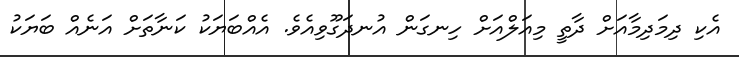
އެކި ދިމަދިމާއަށް ދާތީ މިއަލްއަށް ހިނގަން އުނދަގޫވިއެވެ. އެއްބަޔަކު ކަނާތަށް އަނެއް ބަޔަކު